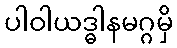
ပါဝါယဒ္ဓါနမဂ္ဂမှိ